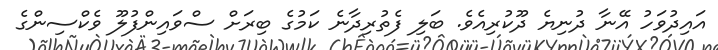
އައިދުވަހު އޭނާ ދުނިޔެ ދޫކުރިއެވެ. ބަލި ފެތުރިދާނެ ކަމުގެ ބިރަށް ސްވައިންފުލޫ ވެކްސިންގެ